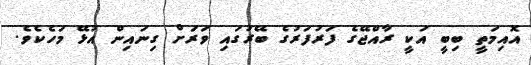
އޮއިމަތީ ބިބީ އަކީ ރާއްޖޭގެ ފަރުފަރުގެ ބޭރުގައި ވަރަށް ގިނައިން އުޅޭ މަހެކެވެ.